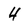
Character: 4